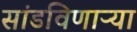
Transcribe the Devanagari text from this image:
सांडविणाऱ्या